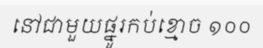
នៅជាមួយផ្នូរកប់ខ្មោច ១០០